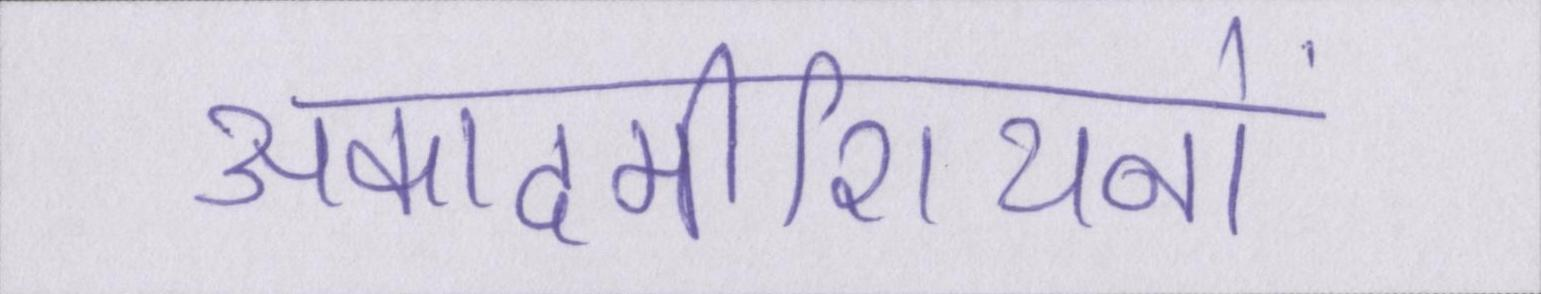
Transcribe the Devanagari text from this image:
अकादमीशियनों